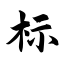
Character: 标